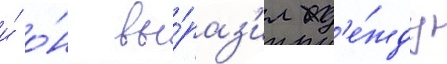
и́ о́н вы́раз'ил над'е́жду